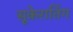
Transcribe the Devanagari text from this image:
सूकेरातिंग